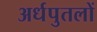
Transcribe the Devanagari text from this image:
अर्धपुतलों